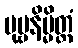
ပုဗ္ဗနိမ္မိတ္တံ